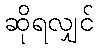
ဆိုရလျှင်